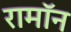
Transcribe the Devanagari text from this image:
रामॉन